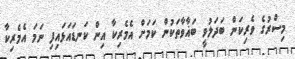
މިސްރުގެ ވެރިކަން ބަދަލުވީ ބަޣާވާތަކުން ކަމަށް އެމެރިކާ އިން ކަނޑައަޅައިފި ނަމަ އެމެރިކާ